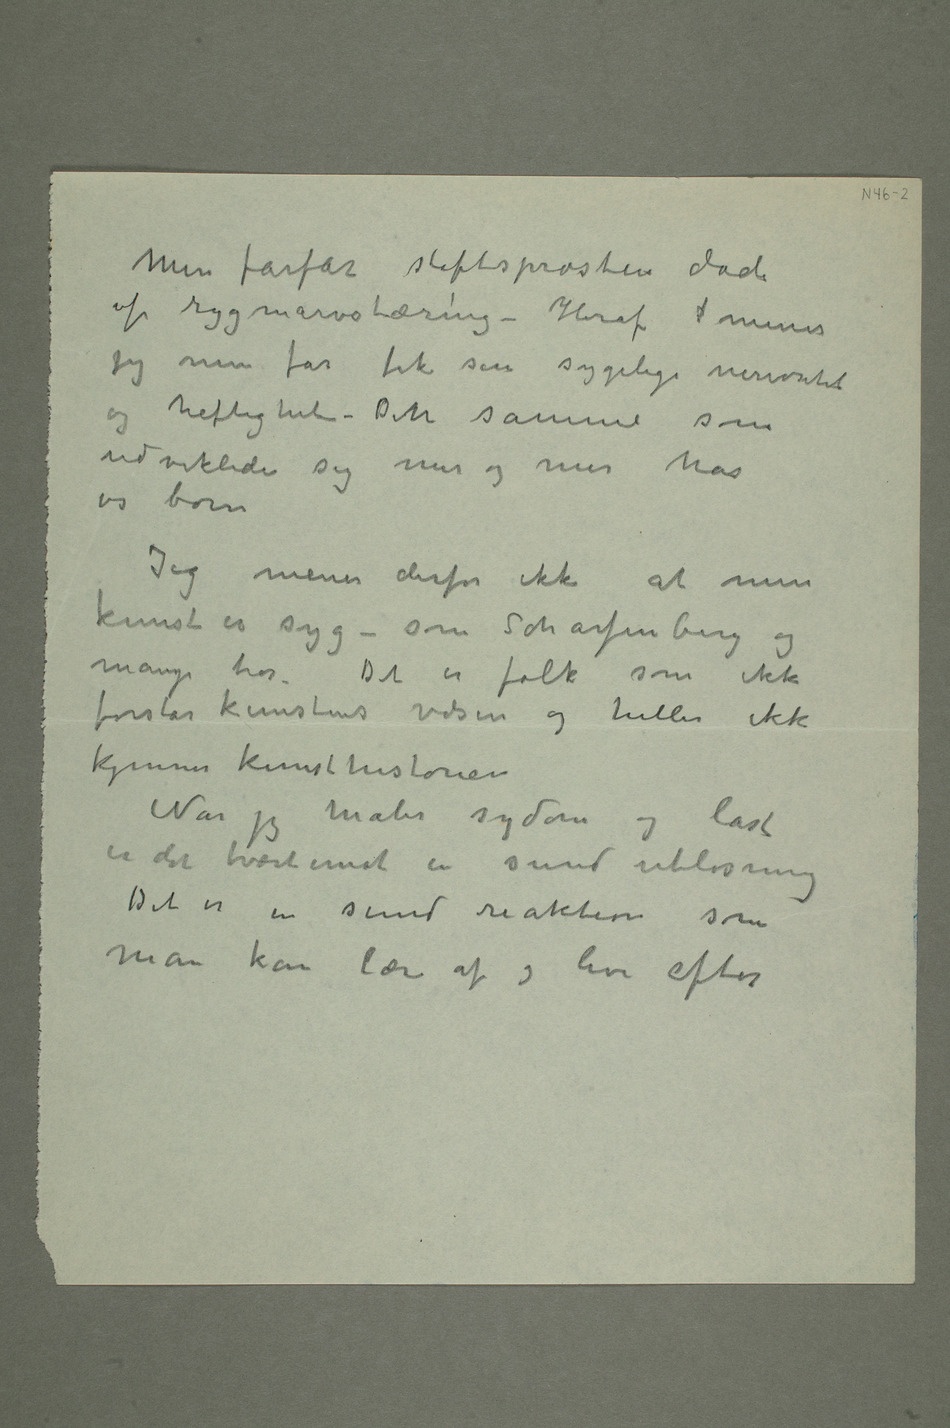
Min farfar stiftsprosten døde
af rygmarvstæring – Heraf  mener
jeg min far fik sin sygelige nervøsitet
og heftighet – Den samme som
udviklede sig mer og mer hos
os børn
Jeg mener derfor ikke at min
kunst er syg – som Scharfenberg og
mange tror. Det er folk som ikke
forstår kunstens væsen og heller ikke
kjenner kunsthistorien
Når jeg maler sygdom og last
er det tvært imot en sund utløsning
Det er en sund reaktion som
man kan lære af og leve efter